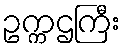
ဥက္ကဌကြီး